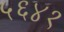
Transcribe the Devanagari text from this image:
५६४१